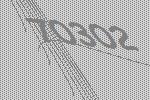
70302